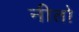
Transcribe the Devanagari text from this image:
नीतो